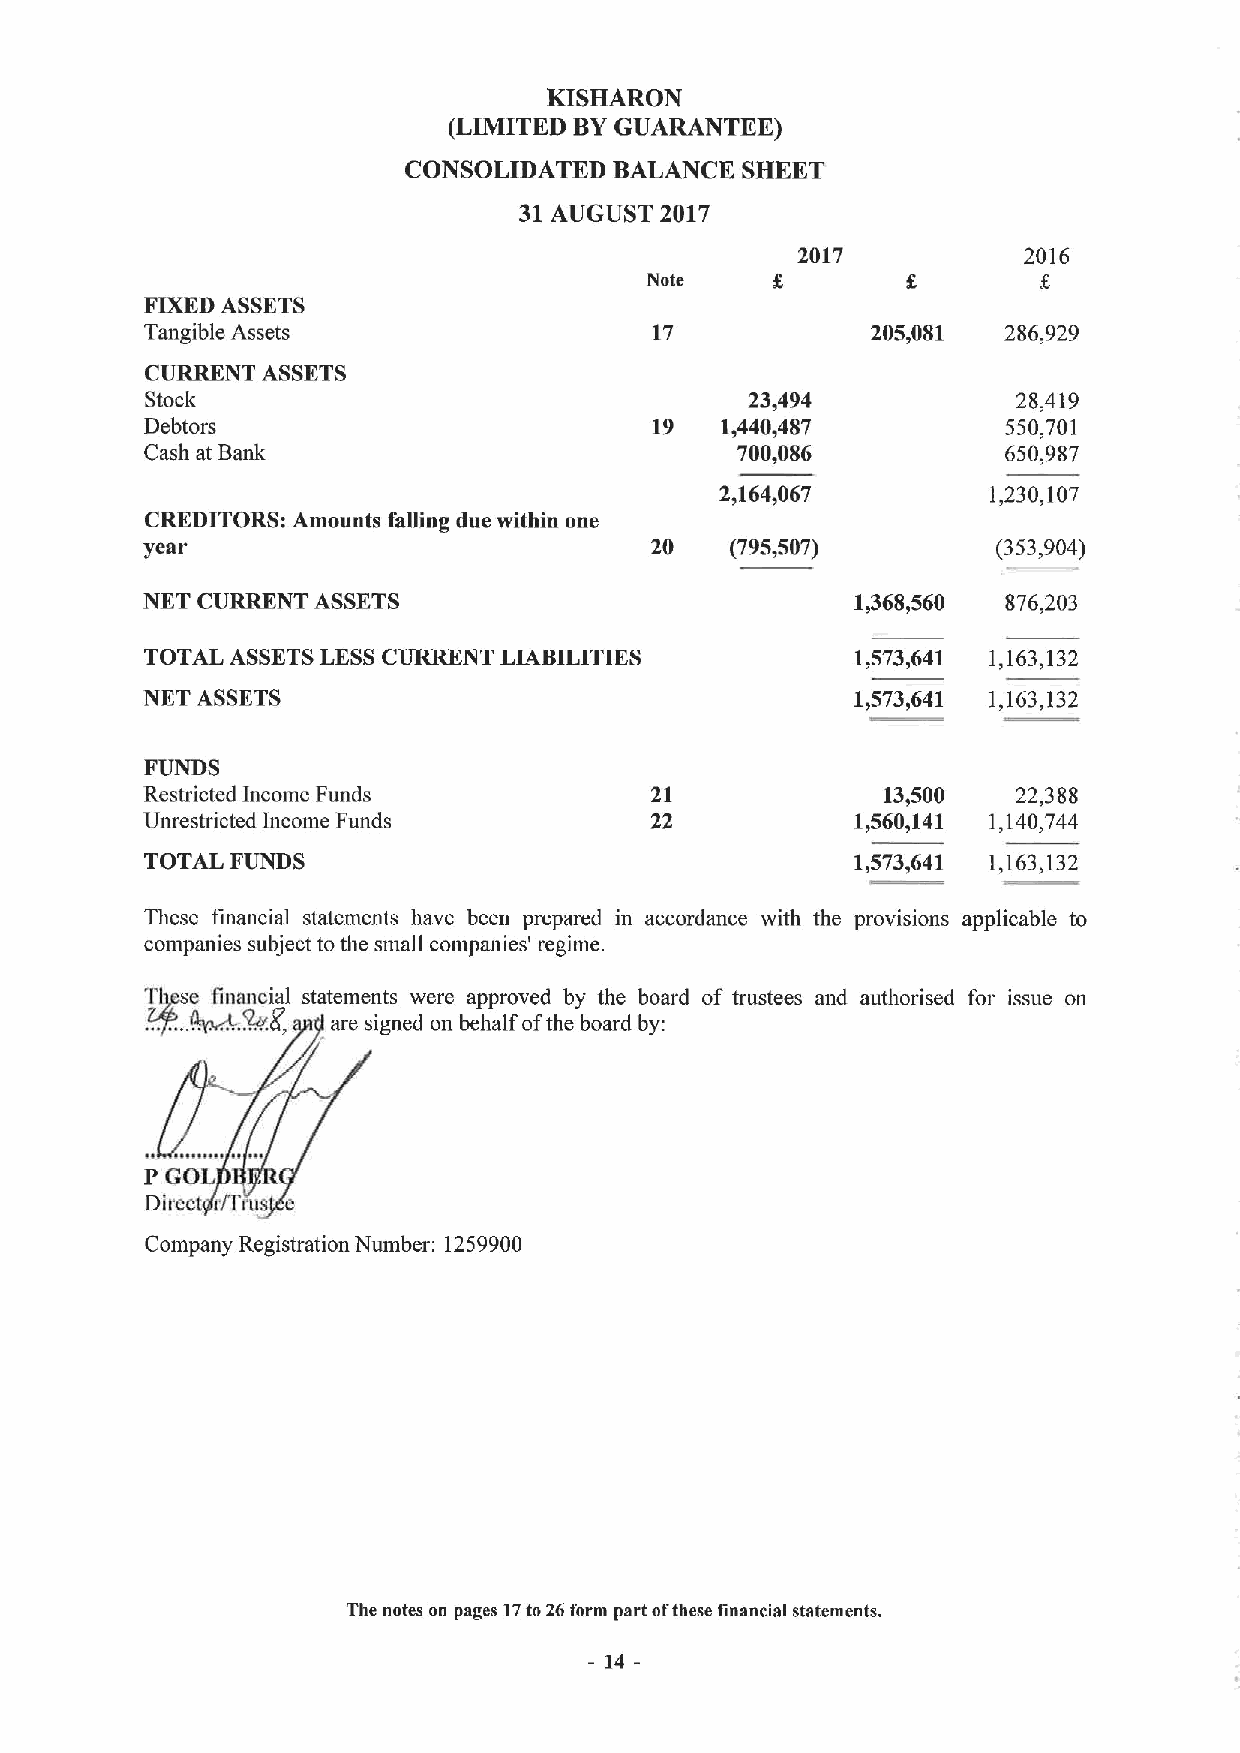
KISHARON
 (LIMITED BYGUARANTEE)
 CONSOLIDATED  BALANCE SHEET
 31AUGUST  2017
 2017           2016
 Note
 FIXEDASSETS
 Tangible Assets                  17             205,081 286,929
 CURRENT ASSETS
 Stock                                   23,494           28,419
 Debtors                          19   1,440,487          550,701
 Cash at Bank                           700,086           650,987
 2,164,067        1,230,107
 CREDITORS: Amounts falling due withiu one
 year                              20   (795,507)         (353,904)
 NET CURRENT ASSETS                              1,368,560 876,203
 TOTAL ASSETSLESSCURRENT LIABILITIES            1,573,641 1,163,132
 NKT ASSETS                                      1,573,641 1,163,132
 FUNDS
 Restricted Income Funds           21             13,500   22,388
 Unrestricted Income Funds         22            1,560,141 1,140,744
 TOTAL FUNDS                                    1,573,641 1,163,132
 These financial statements have been prepared in accordance with the provisions applicable to
 companies subject tothe small companies' regime.
 TI)ase financial statements were approved by the board of trustees and authorised for issue on
 ....5!Z
 are signed on behalf ofthe board by:
 P GOL
 Direct r/Trus e
 Company Registration Number: 1259900
 The notes on pages t7to26form part ofthese financial statements.
 14